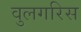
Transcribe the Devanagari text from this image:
वुलगरिस